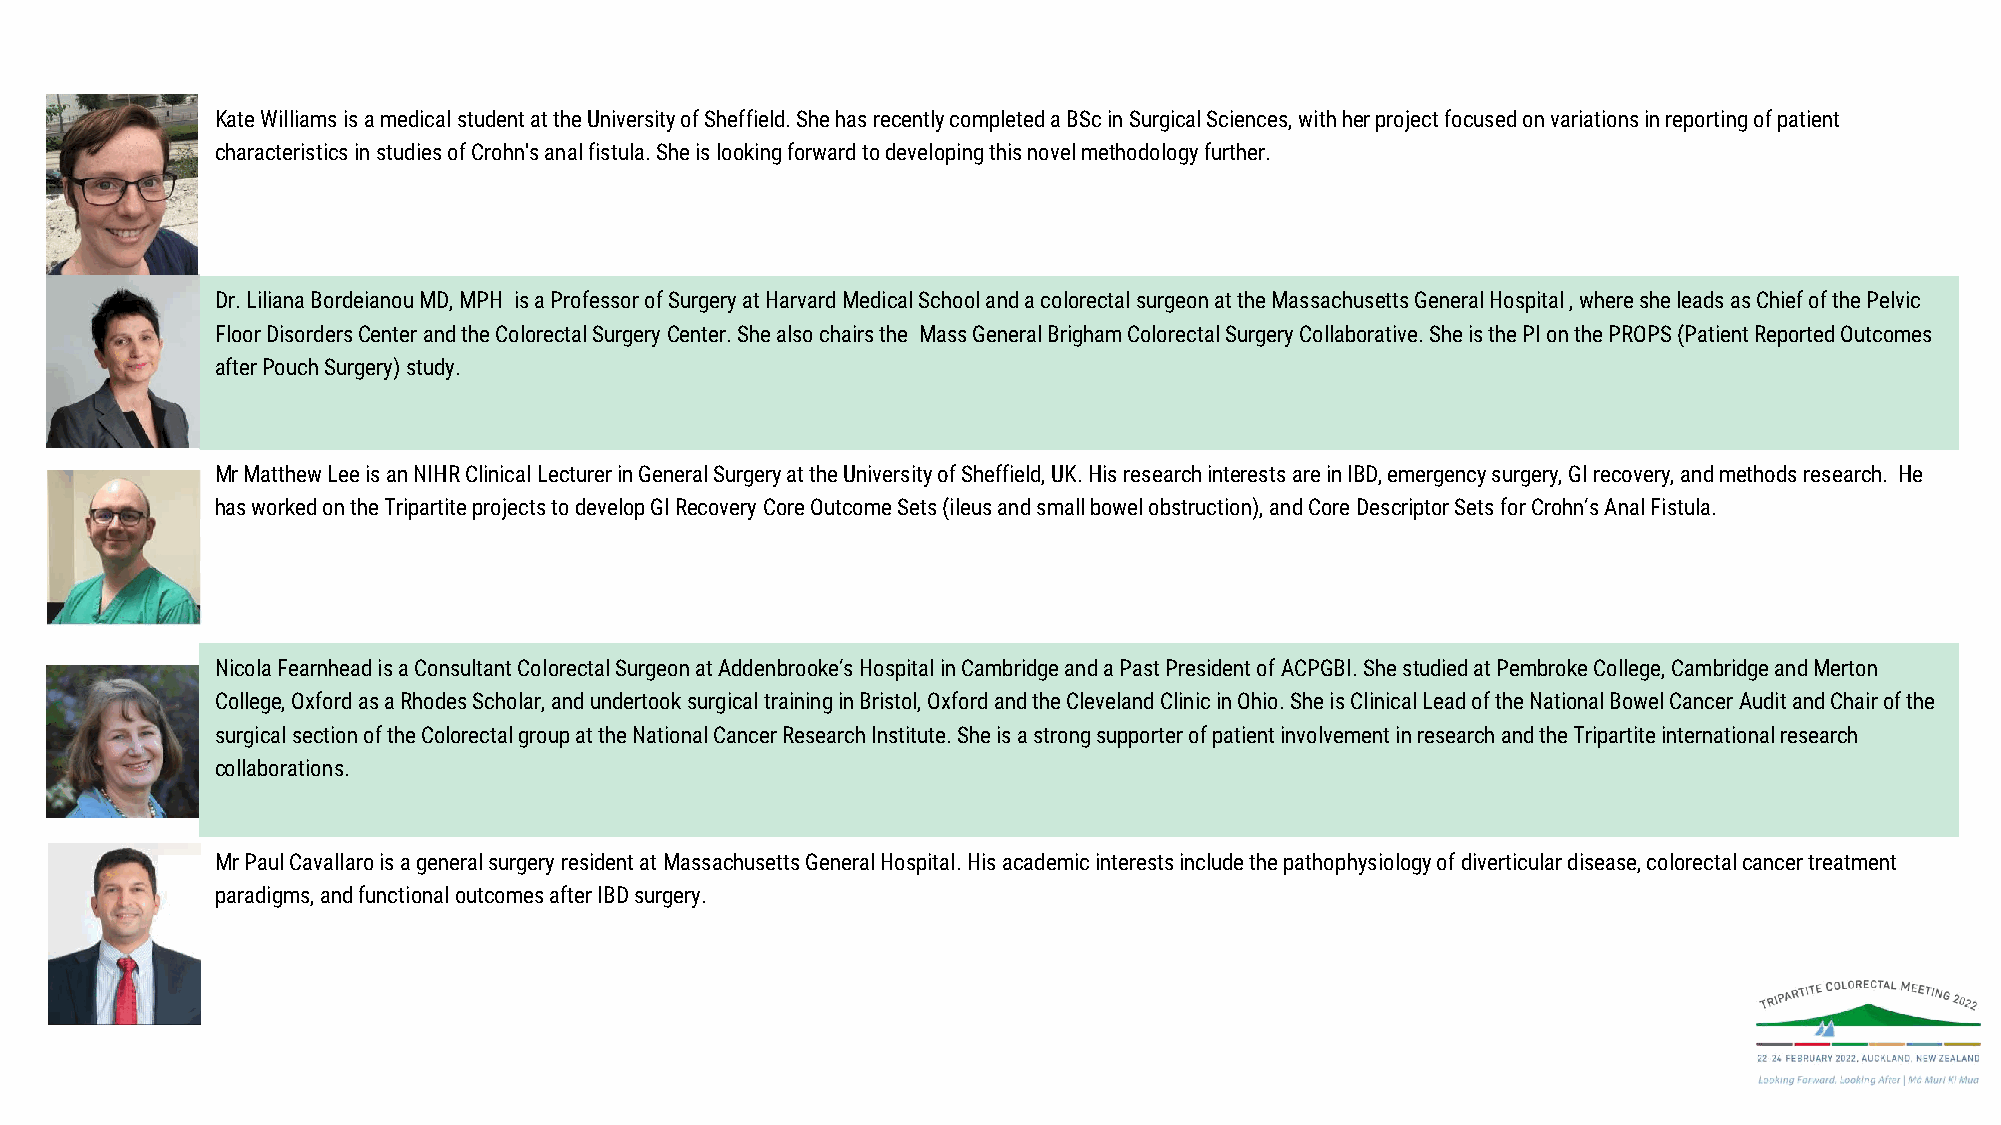
Kate Williams is a medical student at the University of Sheffield. She has recently completed a BSc in Surgical Sciences, with her project focused on variations in reporting of patient
 characteristics in studies of Crohn's anal fistula. She is looking forward to developing this novel methodology further.
 Dr. Liliana Bordeianou MD, MPH is a Professor of Surgery at Harvard Medical School and a colorectal surgeon at the Massachusetts General Hospital , where she leads as Chief of the Pelvic
 Floor Disorders Centerand the Colorectal Surgery Center. She also chairs the Mass General Brigham Colorectal Surgery Collaborative. She is the PI on the PROPS (Patient Reported Outcomes
 after Pouch Surgery) study.
 Mr Matthew Lee is an NIHR Clinical Lecturer in General Surgery at the University of Sheffield, UK. His research interests areinIBD, emergency surgery, GI recovery, and methods research. He
 has worked on the Tripartite projects to develop GI Recovery Core Outcome Sets (ileus and small bowel obstruction), and Core Descriptor Sets for Crohn’s Anal Fistula.
 Nicola Fearnhead is a Consultant Colorectal Surgeon at Addenbrooke’s Hospital in Cambridge and a Past President of ACPGBI. She studied at Pembroke College, Cambridge and Merton
 College, Oxford as a Rhodes Scholar, and undertook surgical training in Bristol, Oxford and the Cleveland Clinic in Ohio. SheisClinical Lead of the National Bowel Cancer Audit and Chair of the
 surgical section of the Colorectal group at the National Cancer Research Institute. She is a strong supporter of patient involvement in research and the Tripartite international research
 collaborations.
 Mr Paul Cavallaro is a general surgery resident at Massachusetts General Hospital. His academic interests include the pathophysiology of diverticular disease, colorectal cancer treatment
 paradigms, and functional outcomes after IBD surgery.